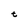
Character: t